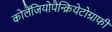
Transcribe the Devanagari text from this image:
कोलैंजियोपैन्क्रियेटोग्राफी